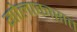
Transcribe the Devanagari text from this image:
गोलाकारात